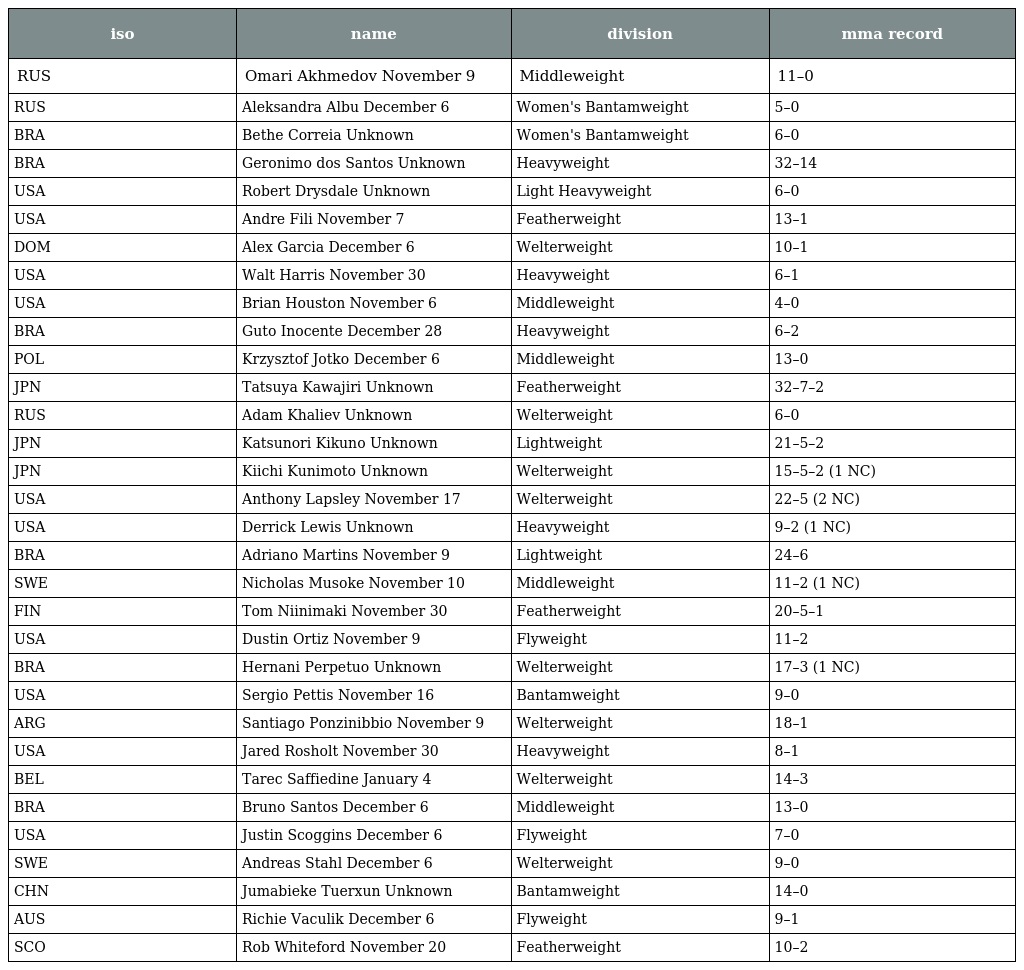
| iso | name | division | mma record |
 | --- | --- | --- | --- |
 | RUS | Omari Akhmedov November 9 | Middleweight | 11–0 |
 | RUS | Aleksandra Albu December 6 | Women's Bantamweight | 5–0 |
 | BRA | Bethe Correia Unknown | Women's Bantamweight | 6–0 |
 | BRA | Geronimo dos Santos Unknown | Heavyweight | 32–14 |
 | USA | Robert Drysdale Unknown | Light Heavyweight | 6–0 |
 | USA | Andre Fili November 7 | Featherweight | 13–1 |
 | DOM | Alex Garcia December 6 | Welterweight | 10–1 |
 | USA | Walt Harris November 30 | Heavyweight | 6–1 |
 | USA | Brian Houston November 6 | Middleweight | 4–0 |
 | BRA | Guto Inocente December 28 | Heavyweight | 6–2 |
 | POL | Krzysztof Jotko December 6 | Middleweight | 13–0 |
 | JPN | Tatsuya Kawajiri Unknown | Featherweight | 32–7–2 |
 | RUS | Adam Khaliev Unknown | Welterweight | 6–0 |
 | JPN | Katsunori Kikuno Unknown | Lightweight | 21–5–2 |
 | JPN | Kiichi Kunimoto Unknown | Welterweight | 15–5–2 (1 NC) |
 | USA | Anthony Lapsley November 17 | Welterweight | 22–5 (2 NC) |
 | USA | Derrick Lewis Unknown | Heavyweight | 9–2 (1 NC) |
 | BRA | Adriano Martins November 9 | Lightweight | 24–6 |
 | SWE | Nicholas Musoke November 10 | Middleweight | 11–2 (1 NC) |
 | FIN | Tom Niinimaki November 30 | Featherweight | 20–5–1 |
 | USA | Dustin Ortiz November 9 | Flyweight | 11–2 |
 | BRA | Hernani Perpetuo Unknown | Welterweight | 17–3 (1 NC) |
 | USA | Sergio Pettis November 16 | Bantamweight | 9–0 |
 | ARG | Santiago Ponzinibbio November 9 | Welterweight | 18–1 |
 | USA | Jared Rosholt November 30 | Heavyweight | 8–1 |
 | BEL | Tarec Saffiedine January 4 | Welterweight | 14–3 |
 | BRA | Bruno Santos December 6 | Middleweight | 13–0 |
 | USA | Justin Scoggins December 6 | Flyweight | 7–0 |
 | SWE | Andreas Stahl December 6 | Welterweight | 9–0 |
 | CHN | Jumabieke Tuerxun Unknown | Bantamweight | 14–0 |
 | AUS | Richie Vaculik December 6 | Flyweight | 9–1 |
 | SCO | Rob Whiteford November 20 | Featherweight | 10–2 |